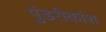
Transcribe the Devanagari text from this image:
पुंडरीकांश